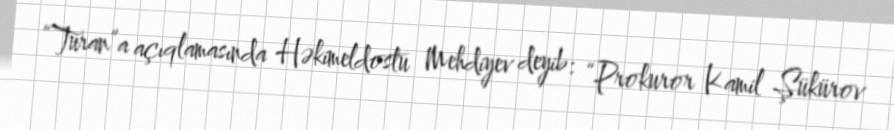
“Turan”a açıqlamasında Həkimeldostu Mehdiyev deyib: “Prokuror Kamil Şükürov